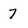
Character: 7